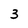
Character: 3